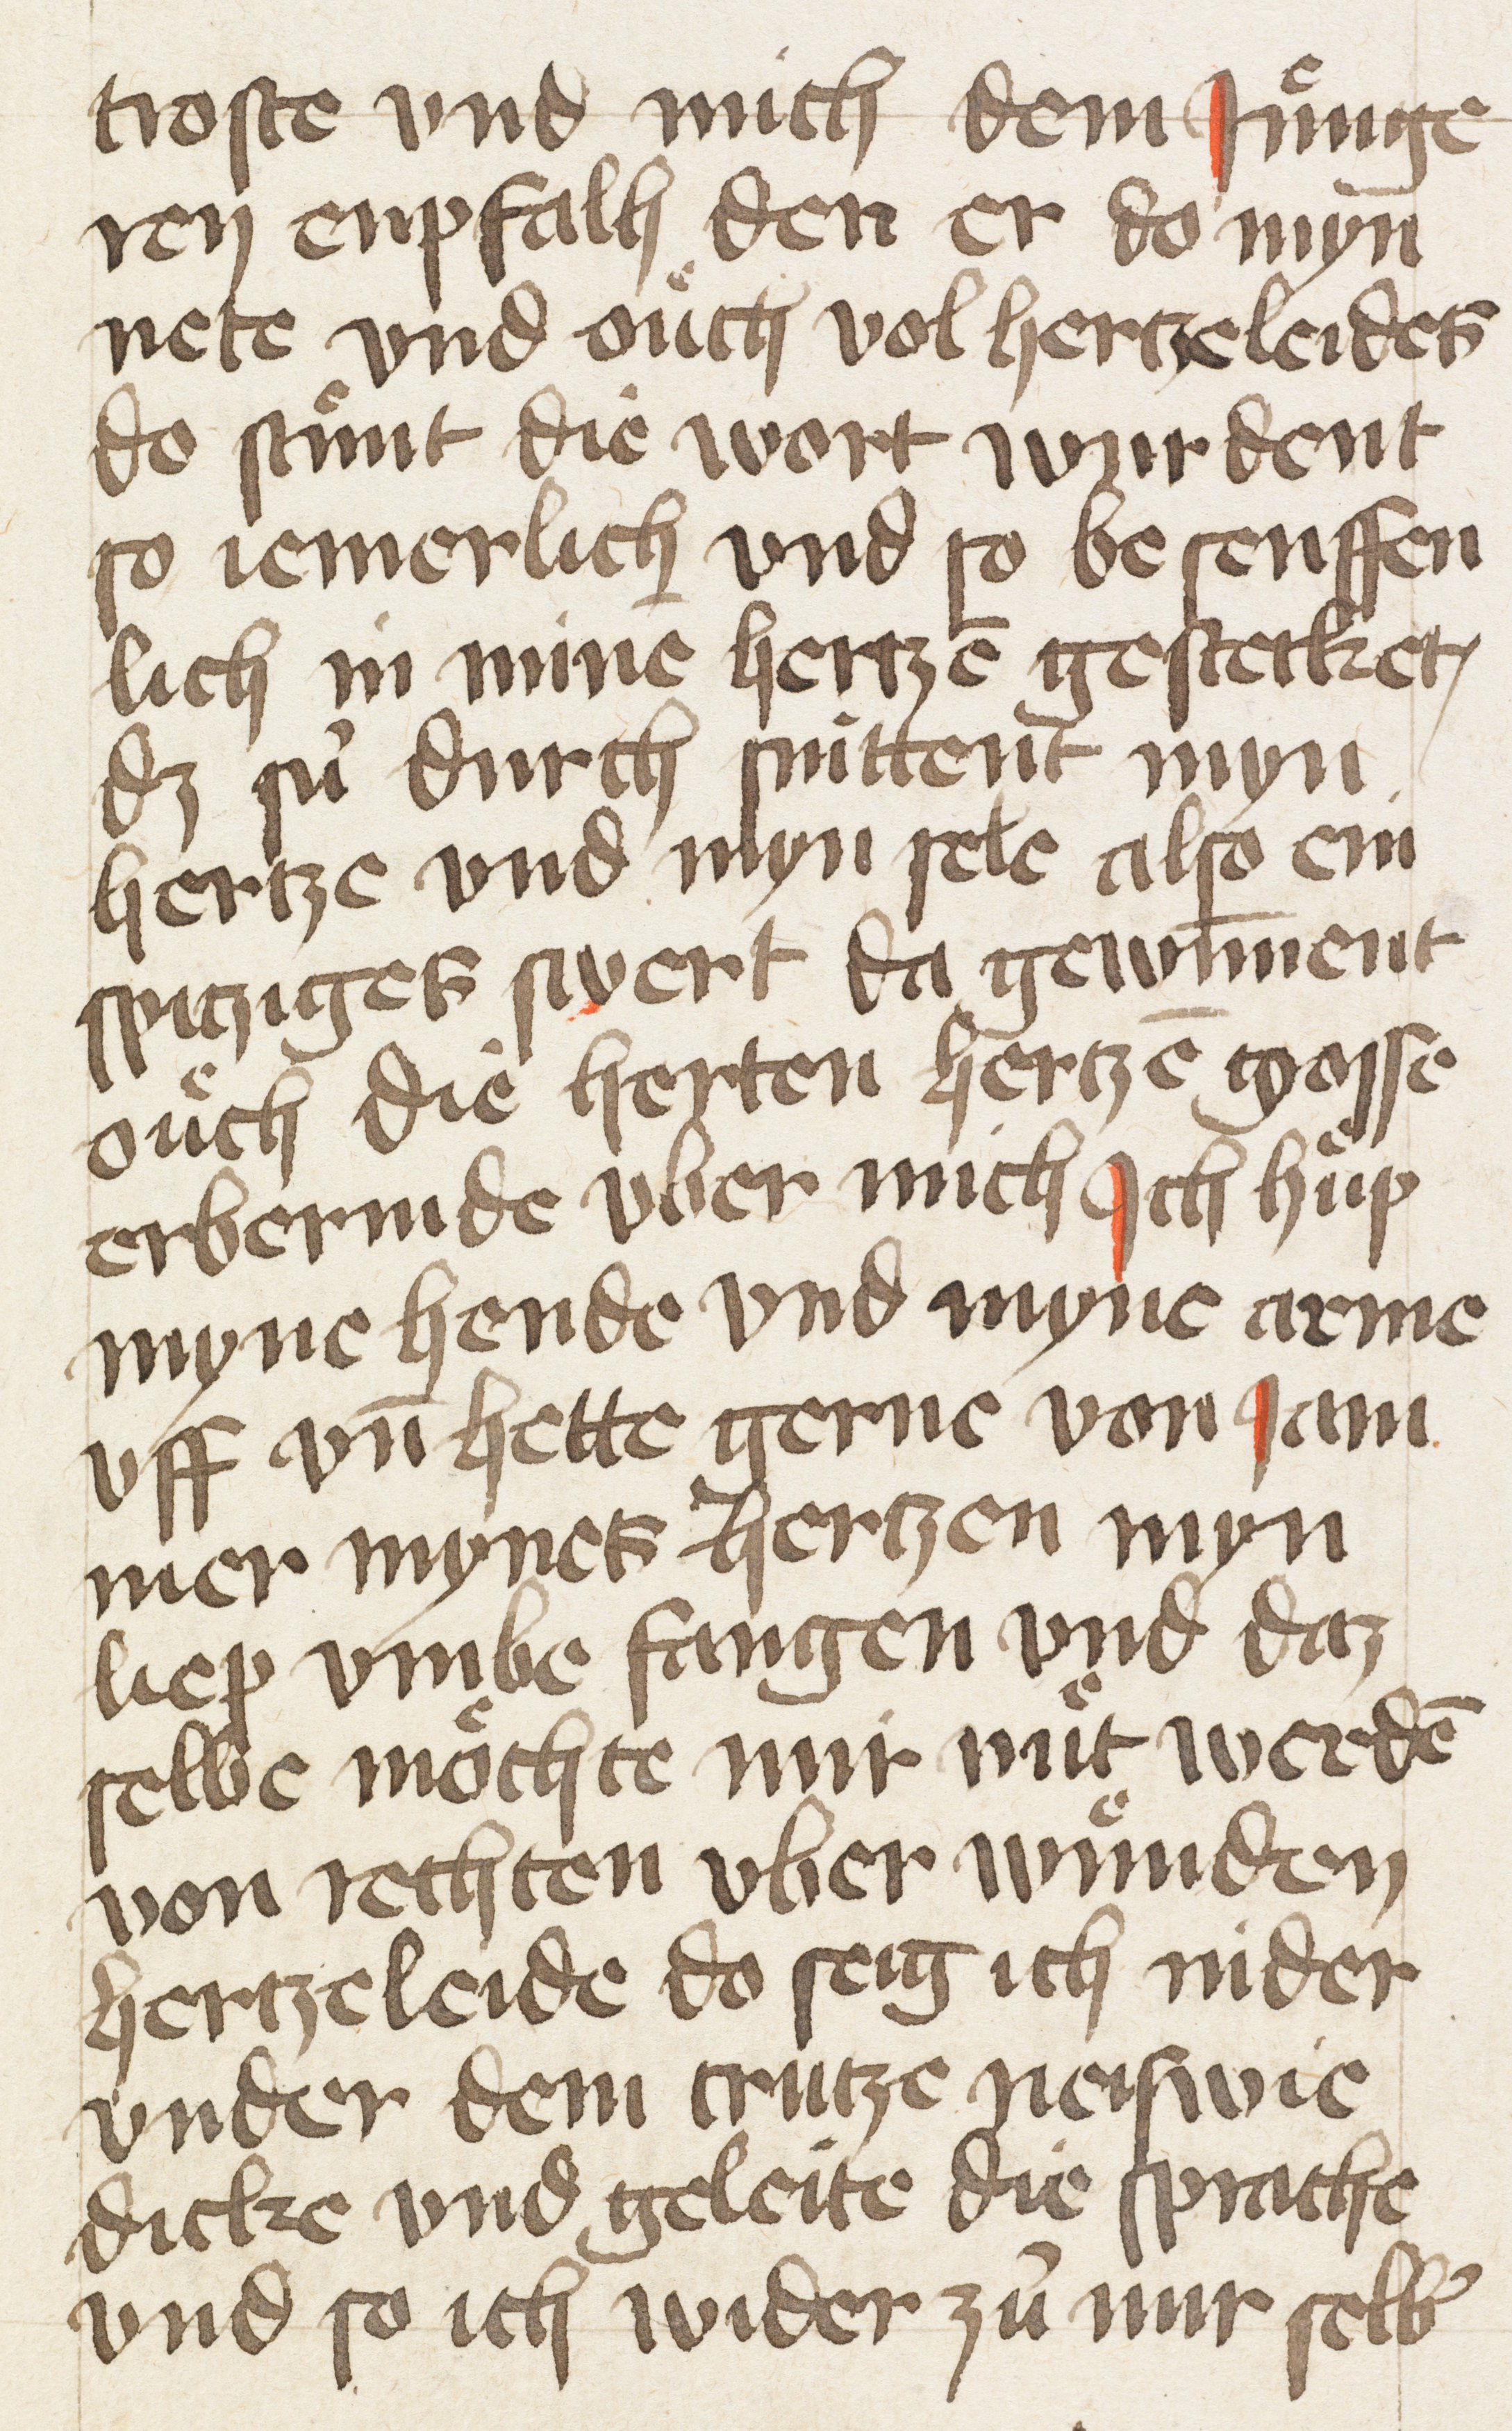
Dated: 1400–1499